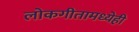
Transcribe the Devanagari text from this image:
लोकगीतामध्येही